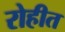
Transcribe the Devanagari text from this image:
रोहीत